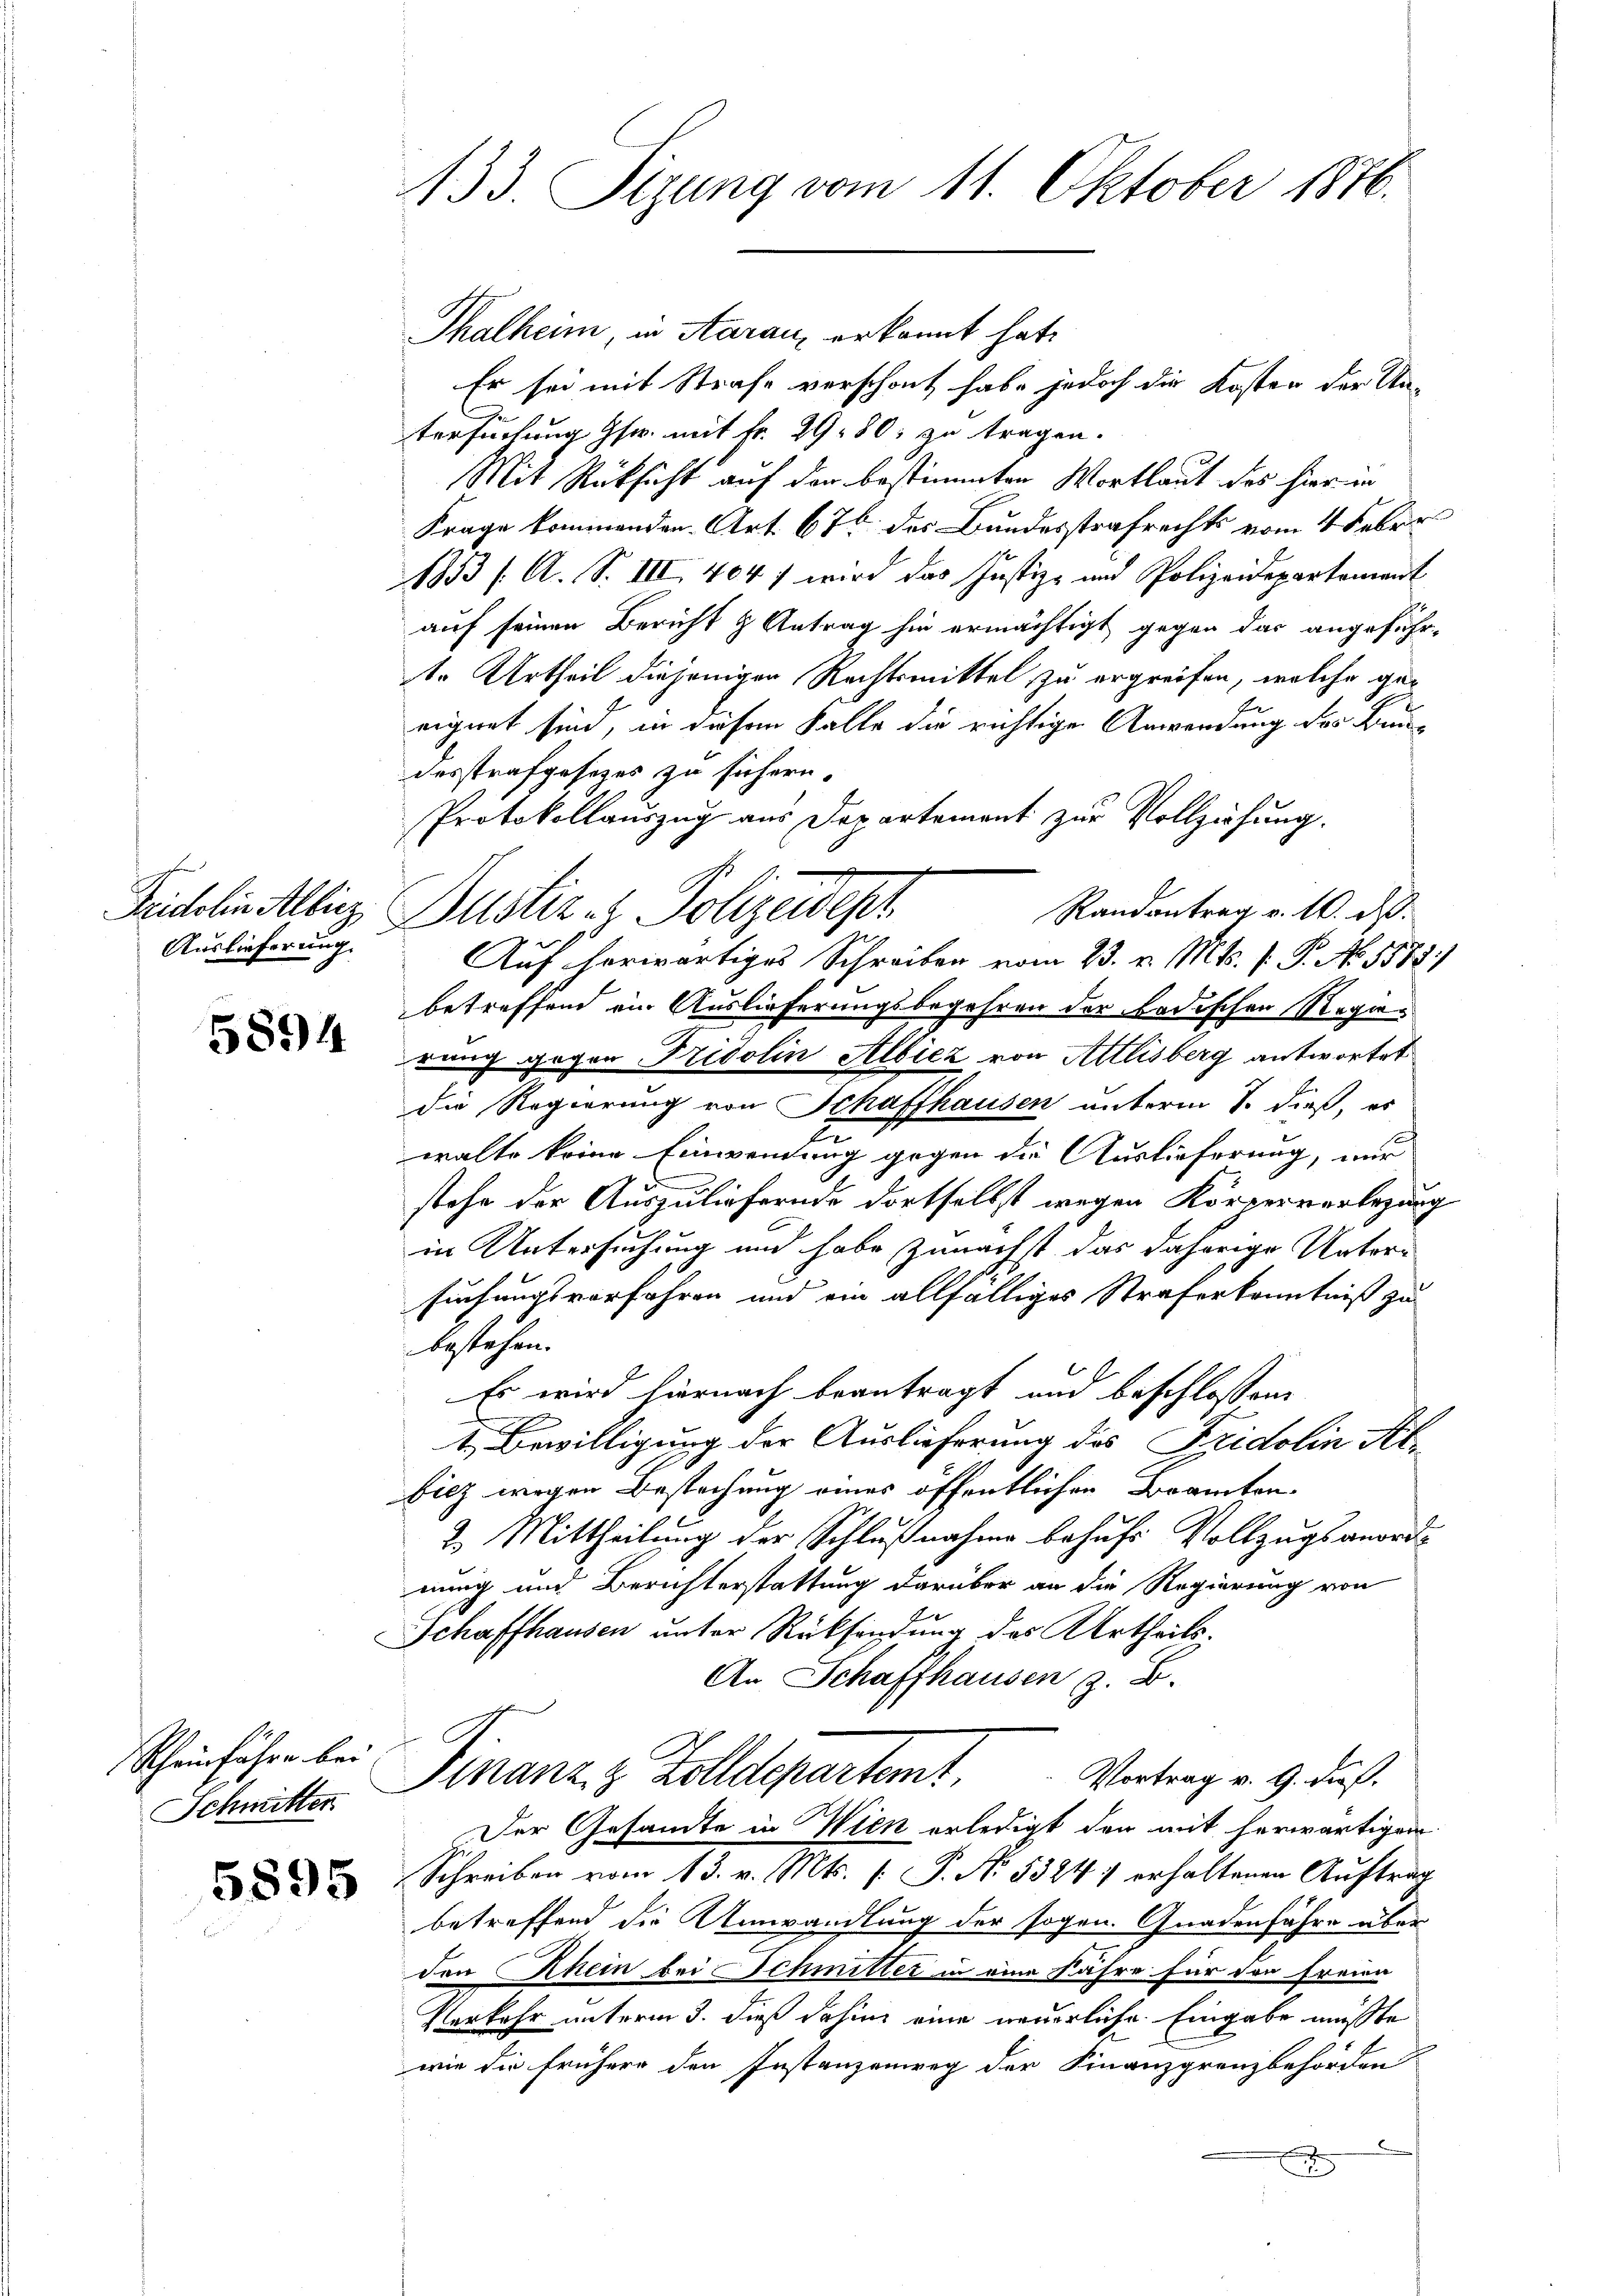
ohen
Auslieferung.

5894

C

Scheinführe bei
Schmitter

5895

133. Sizung vom 11. Oktober 1876.

Thalheim, in Aarau erkannt hat.
Er sei mit Strafe verschont habe jedoch die Kosten der Un-
tersuchung Gsr. mit Fr. 29. 80. zu tragen.
Mit Rücksicht auf der bestimmten Wortlaut des hierinn
Frage kommenden Art. 676 des Bundesstrafrechts vom 4 Febr.
1853 /A. S. III 404 f wird das Justiz- und Polizeidepartement
auf seinen Bericht & Antrag hin ermächtigt gegen das angeführ-
tr Urtheil diejenigen Rechtsmittel zu ergreifen, welche geeignet sind, in diesen Falle die richtige Anwendung des Baudesstrafgesetzes zu sichern.
Protokollauszug aus Departement zur Vollziehung.
Randantrag v. 10. ds.
Seidelin Albicz Justiz- & Polizeidepr
Auf herwärtiges Schreiben vom 23. v. Mts. f. P. No. 5583)
betreffend ein Auslieferungsbegehren der badischen Regierang gegen Fridolin Albiez von Altlisberg antwortet
die Regierung von Schaffhausen unterm 8. dieß, es
walte keine Einwendung gegen die Auslieferung, nur
stehe der Auszuliefernde dortselbst wegen Körperverlegung
in Untersuchung und habe zunächst das daherige Untersuchungsverfahren und ein allfälliges Straferkenntniß zu
bestehen.
Es wird hiernach beantragt und beschlossene
t. Bewilligung der Auslieferung des Fridolin Atbicz wegen Bestechung eines öffentlichen Branten.
2. Mittheilung der Schlußnahme behufs Vollzugs anordnung und Berichterstattung darüber an die Regierung von
Schaffhausen unter Rücksendung des Urtheils.
An Schaffhausen z. B.
Finanz & Zolldepartemt,
Vortrag v. 9. dieß.
Der Gesandte in Wien erledigt den mit herwärtigen.
Schreiben vom 13. v. Mts. [ P. No. 5324 :/ erhaltenen Auftrag
betreffend die Umwandlung der sogen. Gnadenfahre über
den Rhein bei Schmitter in eine Fähre für den Freien
Verkehr unterm 3. dieß dahin eine neuerliche Eingabe müsste
wie die frühere den Instanzenweg der Finanzgrenzbehörden
x
.